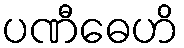
ပဏီဓေဟိ